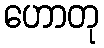
ဟောတု